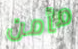
مأمن